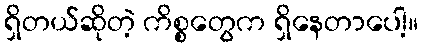
ရှိတယ်ဆိုတဲ့ ကိစ္စတွေက ရှိနေတာပေါ့။